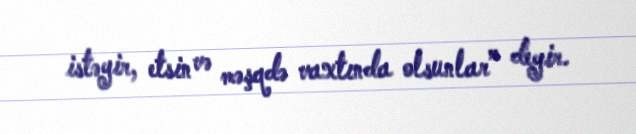
istəyir, etsin və məşqdə vaxtında olsunlar” deyir.